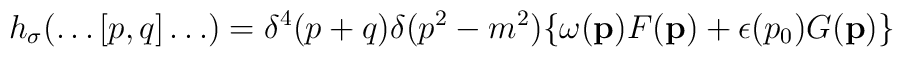
h_\sigma (\ldots [p,q] \ldots) = \delta^4 (p+q) \delta (p^2 - m^2)\{ \omega ({\bf p}) F ({\bf p}) + \epsilon (p_0) G({\bf p}) \}